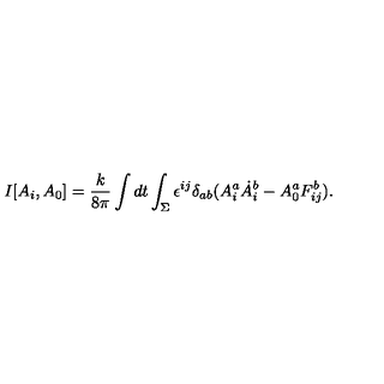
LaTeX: I [ A _ { i } , A _ { 0 } ] = \frac { k } { 8 \pi } \int d t \int _ { \Sigma } \epsilon ^ { i j } \delta _ { a b } ( A _ { i } ^ { a } \dot { A } _ { i } ^ { b } - A _ { 0 } ^ { a } F _ { i j } ^ { b } ) .